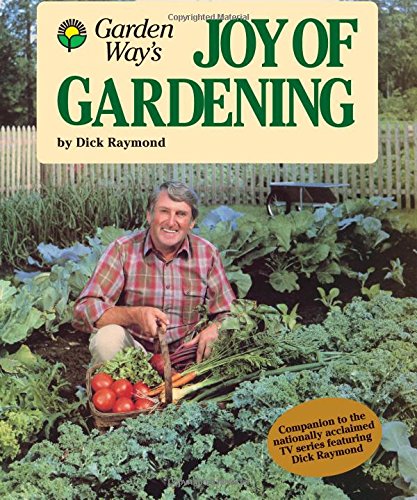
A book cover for Garden Way's Joy of Gardening; Dick Raymond; Crafts, Hobbies & Home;